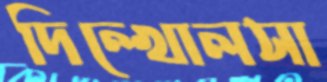
দিল্‌খোলসা